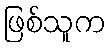
ဖြစ်သူက